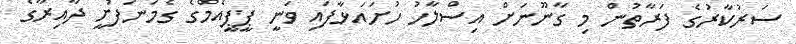
ސަރުކާރުގެ ފަރާތުން މި ގާނޫނަށް އިސްލާހު ހުށައަޅާފައި ވަނީ ޕީޕީއެމްގެ ގެމަނަފުށީ ދާއިރާގެ